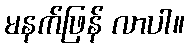
မနက်ဖြန် လာပါ။